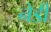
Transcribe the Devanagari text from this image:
नेडी